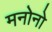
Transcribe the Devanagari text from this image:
मनोनो